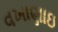
વખાણાઇ